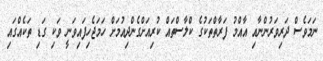
ނަމަވެސް ދަރިވަރުންނާއި އާއްމު ފަރާތްތަކުގެ ކްލާސްތައް ކުރިއަށްގެންދިއުމަށް ހަމަޖެހިފައިވަނީ ވަކި ގަޑި ތަކެއްގައި